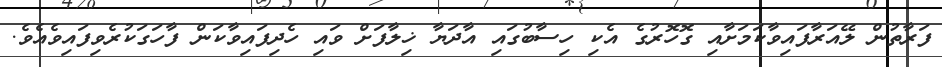
ފަރާތުން ލޭއަރާފައިވާކަމަށާއި ގޮހޮރުގެ އެކި ހިސާބުގައި އާދަޔާ ޚިލާފަށް ވައި ހެދިފައިވާކަން ފާހަގަކުރެވިފައިވެއެވެ.